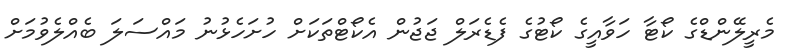
މެރީލޭންޑްގެ ކޯޓާ ހަވާއީގެ ކޯޓުގެ ފެޑެރަލް ޖަޖުން އެކޯޓްތަކަށް ހުށަހެޅުނު މައްސަލަ ބެއްލެވުމަށް